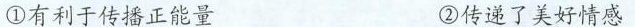
①有利于传播正能量 ②传递了美好情感